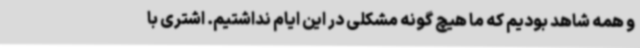
و همه شاهد بودیم که ما هیچ گونه مشکلی در این ایام نداشتیم. اشتری با